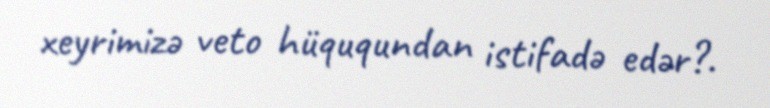
xeyrimizə veto hüququndan istifadə edər?.